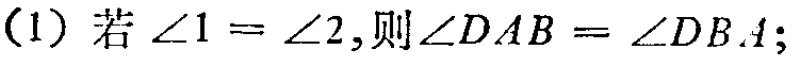
(1) 若\(\angle 1 = \angle 2\),则\(\angle DAB=\angle DBA\);